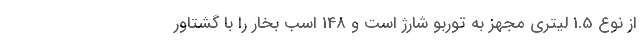
از نوع 1.5 لیتری مجهز به توربو شارژ است و 148 اسب بخار را با گشتاور